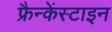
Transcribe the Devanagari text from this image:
फ्रैन्केंस्टाइन